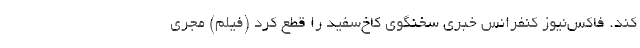
کند. فاکس‌نیوز کنفرانس خبری سخنگوی کاخ‌سفید را قطع کرد (فیلم) مجری